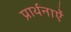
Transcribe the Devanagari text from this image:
प्रार्थनाऐं